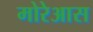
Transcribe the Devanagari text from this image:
मोरेआस